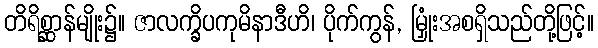
တိရိစ္ဆာန်မျိုး၌။ ဇာလက္ခိပကုမိနာဒီဟိ၊ ပိုက်ကွန်, မြှုံးအစရှိသည်တို့ဖြင့်။